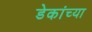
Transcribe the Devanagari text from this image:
डेकांच्या